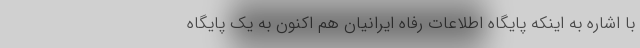
با اشاره به اینکه پایگاه اطلاعات رفاه ایرانیان هم اکنون به یک پایگاه